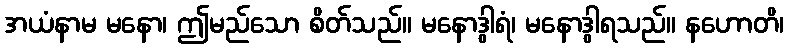
အယံနာမ မနော၊ ဤမည်သော စိတ်သည်။ မနောဒွါရံ၊ မနောဒွါရသည်။ နဟောတိ၊